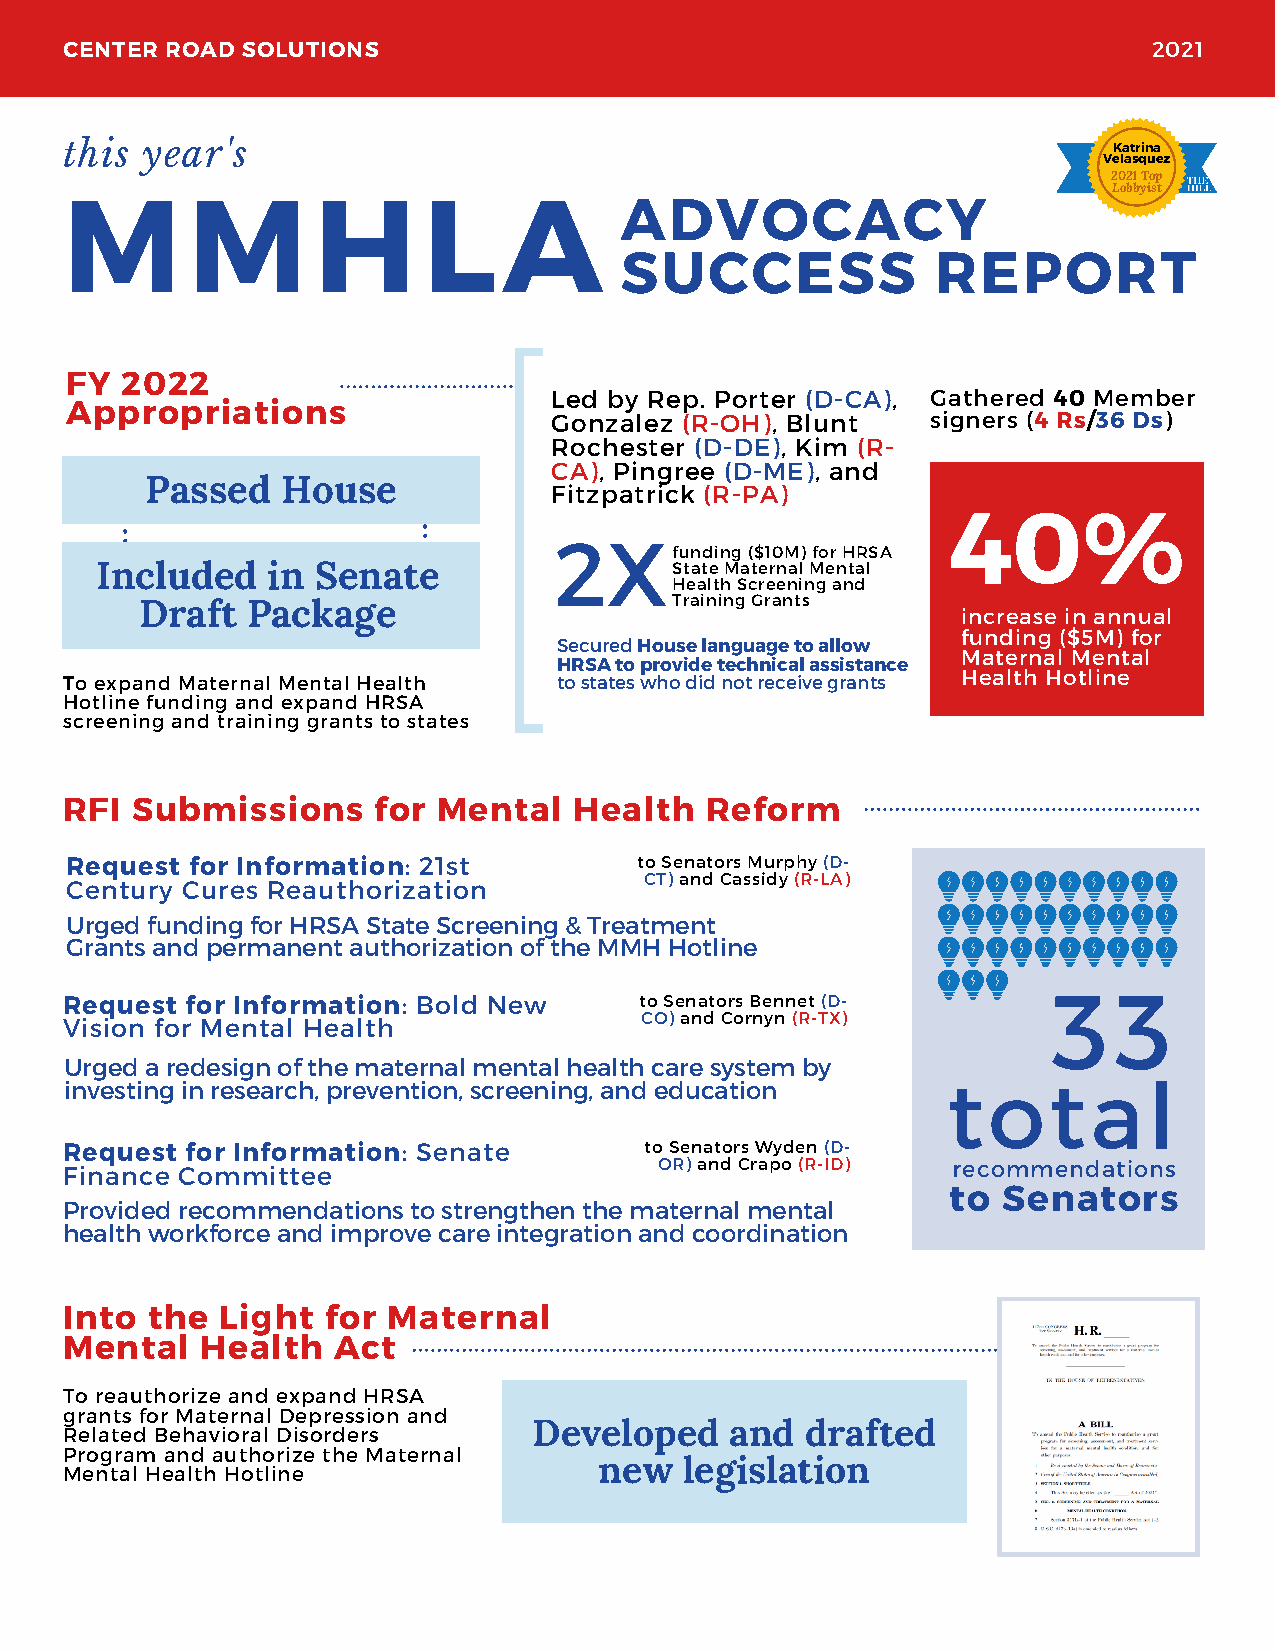
CENTER ROAD SOLUTIONS                                                   2021
 this year's                                                           Katrina
 Velasquez
 2021 Top
 M       M        H      L    A       ADVOCACY                         Lobbyist
 SUCCESS              REPORT
 FY  2022
 Led by Rep. Porter (D-CA), Gathered 40 Member
 Appropriations
 Gonzalez (R-OH), Blunt    signers (4 Rs/36 Ds)
 Rochester (D-DE), Kim (R-
 CA), Pingree (D-ME), and
 Passed   House
 Fitzpatrick (R-PA)
 40%
 2X
 funding ($10M) for HRSA
 Included    in Senate                  State Maternal Mental
 Health Screening and
 Training Grants
 Draft  Package
 increase in annual
 funding ($5M) for
 Secured House language to allow
 Maternal Mental
 HRSA to provide technical assistance
 Health Hotline
 To expand Maternal Mental Health to states who did not receive grants
 Hotline funding and expand HRSA
 screening and training grants to states
 RFI  Submissions     for Mental   Health   Reform
 Request for Information: 21st         to Senators Murphy (D-
 CT) and Cassidy (R-LA)
 Century Cures Reauthorization
 Urged funding for HRSA State Screening & Treatment
 Grants and permanent authorization of the MMH Hotline
 3   3
 Request for Information: Bold New     to Senators Bennet (D-
 Vision for Mental Health              CO) and Cornyn (R-TX)
 Urged a redesign of the maternal mental health care system by
 investing in research, prevention, screening, and education total
 Request for Information: Senate        to Senators Wyden (D-
 Finance Committee                       OR) and Crapo (R-ID) recommendations
 to Senators
 Provided recommendations to strengthen the maternal mental
 health workforce and improve care integration and coordination
 Into  the  Light for  Maternal
 Mental   Health   Act
 To reauthorize and expand HRSA
 grants for Maternal Depression and
 Developed    and  drafted
 Related Behavioral Disorders
 Program and authorize the Maternal
 new  legislation
 Mental Health Hotline